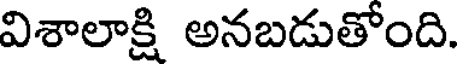
విశాలాక్షి అనబడుతోంది.